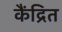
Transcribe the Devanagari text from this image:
कैंद्रित